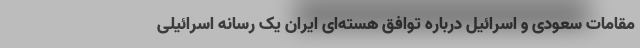
مقامات سعودی و اسرائیل درباره توافق هسته‌ای ایران یک رسانه اسرائیلی